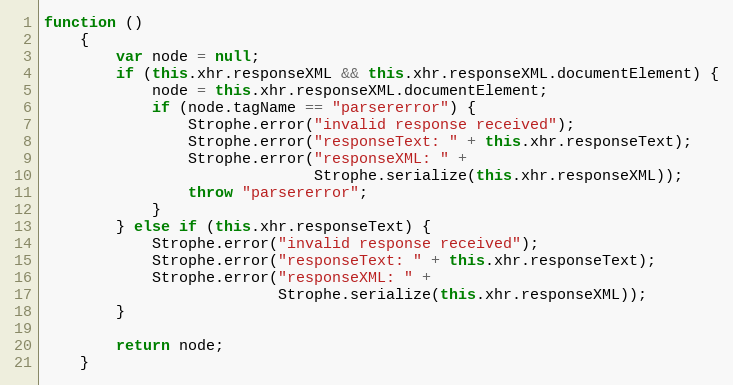
Language: JavaScript
function ()
    {
        var node = null;
        if (this.xhr.responseXML && this.xhr.responseXML.documentElement) {
            node = this.xhr.responseXML.documentElement;
            if (node.tagName == "parsererror") {
                Strophe.error("invalid response received");
                Strophe.error("responseText: " + this.xhr.responseText);
                Strophe.error("responseXML: " +
                              Strophe.serialize(this.xhr.responseXML));
                throw "parsererror";
            }
        } else if (this.xhr.responseText) {
            Strophe.error("invalid response received");
            Strophe.error("responseText: " + this.xhr.responseText);
            Strophe.error("responseXML: " +
                          Strophe.serialize(this.xhr.responseXML));
        }

        return node;
    }